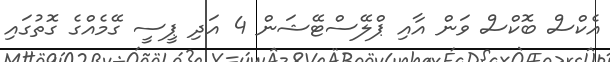
އެކްސް ބޮކްސް ވަން އާއި ޕްލޭސްޓޭޝަން 4 އަދި ޕީސީ ގޭމެއްގެ ގޮތުގައި